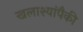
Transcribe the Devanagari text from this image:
खलाश्यांपैकी